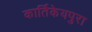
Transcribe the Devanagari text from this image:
कार्तिकेयपुरा